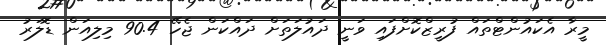
މީރާ އެކައުންޓްތައް ފުރީޒްކޮށްފައި ވަނީ ދައުލަތަށް ދައްކަން ޖެހޭ 90.4 މިލިއަން ޑޮލަރު